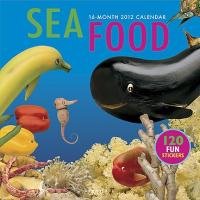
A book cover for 2012 Seafood Play with Your Food Wall Calendar; Graphique de France; Calendars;